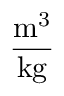
\frac { { \mathrm { m } } ^ { 3 } } { \mathrm { k g } }